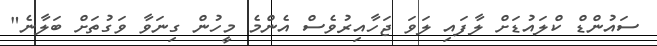
ސައުންޑް ކްލައުޑަށް ލާފައި ލަވަ ޖަހާއިރުވެސް އެންމެ މީހުން ގިނަވާ ވަގުތަށް ބަލާނެ"